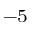
^ { - 5 }